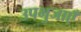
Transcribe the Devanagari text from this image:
उपभुजाएँ